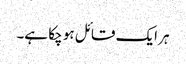
ہر ایک قائل ہو چکا ہے۔